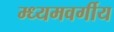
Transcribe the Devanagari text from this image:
म्ध्यमवर्गीय